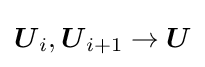
{\boldsymbol {U}}_{i},{\boldsymbol {U}}_{i+1}\rightarrow {\boldsymbol {U}}